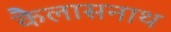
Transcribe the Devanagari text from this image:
कैलासनाथ